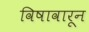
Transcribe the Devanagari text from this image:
विषावारून